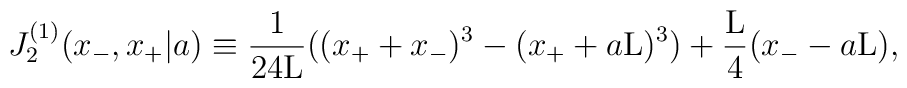
J_2^{(1)}(x_{-},x_{+}|a) \equiv \frac{1}{24{\rm L}}((x_{+} + x_{-})^3 - (x_{+} + a{\rm L})^3 )+ \frac{\rm L}{4} (x_{-} - a{\rm L}),